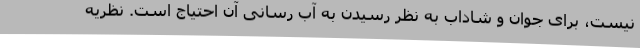
نیست، برای جوان و شاداب به نظر رسیدن به آب رسانی آن احتیاج است. نظریه